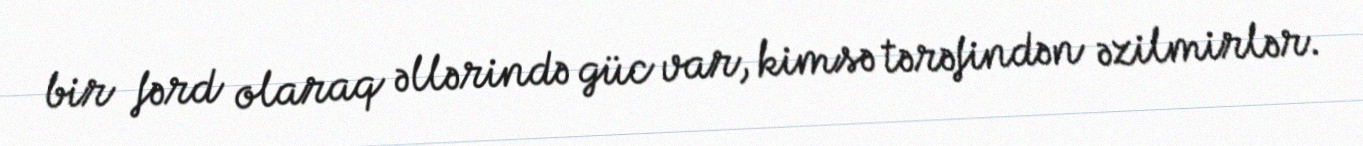
bir fərd olaraq əllərində güc var, kimsə tərəfindən əzilmirlər.